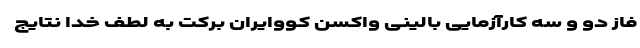
فاز دو و سه کارآزمایی بالینی واکسن کووایران برکت به لطف خدا نتایج